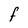
Character: F